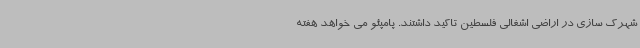
شهرک سازی در اراضی اشغالی فلسطین تاکید داشتند. پامپئو می خواهد هفته